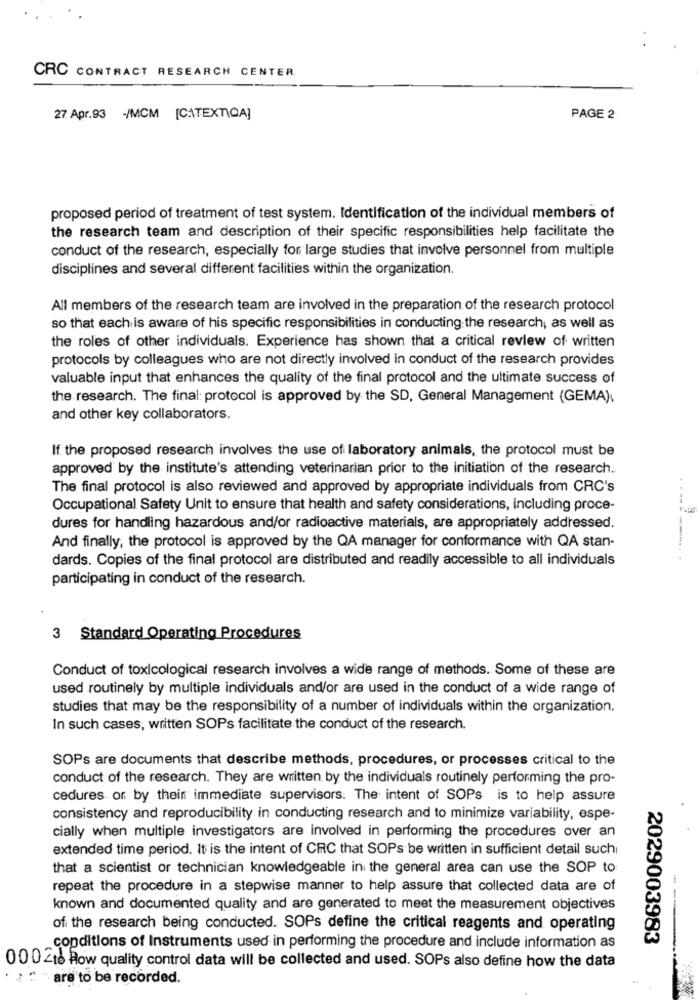
CRC CONTRACT RESEARCH CENTER
27 Apr.93 -/MCM [CATEXTIQA]
PAGE 2
proposed period of treatment of test system. Identification of the individual members of
the research team and description of their specific responsibilities help facilitate the
conduct of the research, especially for large studies that involve personnel from multiple
disciplines and several different facilities within the organization.
All members of the research team are involved in the preparation of the research protocol
so that each is aware of his specific responsibilities in conducting:the research, as well as
the roles of other individuals. Experience has shown that a critical review of written
protocols by colleagues who are not directly involved in conduct of the research provides
valuable input that enhances the quality of the final protocol and the ultimate success of
the research. The final: protocol is approved by the SD, General Management (GEMA),
and other key collaborators.
If the proposed research involves the use of laboratory animals, the protocol must be
approved by the institute's attending veterinarian prior to the initiation of the research.
The final protocol is also reviewed and approved by appropriate individuals from CRC's
Occupational Safety Unit to ensure that health and safety considerations, including proce-
dures for handling hazardous and/or radioactive materials, are appropriately addressed.
And finally, the protocol is approved by the QA manager for conformance with QA stan-
dards. Copies of the final protocol are distributed and readily accessible to all individuals
participating in conduct of the research.
3 Standard Operating Procedures
Conduct of toxicological research involves a wide range of methods. Some of these are
used routinely by multiple individuals and/or are used in the conduct of a wide range of
studies that may be the responsibility of a number of individuals within the organization.
In such cases, written SOPs facilitate the conduct of the research.
SOPs are documents that describe methods, procedures, or processes critical to the
conduct of the research. They are written by the individuals routinely performing the pro-
cedures or by thein immediate supervisors. The intent of SOPs is to help assure
consistency and reproducibility in conducting research and to minimize variability, espe-
cially when multiple investigators are involved in performing the procedures over an
extended time period. It is the intent of CRC that SOPs be written in sufficient detail such
that a scientist or technician knowledgeable in the general area can use the SOP to:
repeat the procedure in a stepwise manner to help assure that collected data are of
known and documented quality and are generated to meet the measurement objectives
of the research being conducted. SOPs define the critical reagents and operating
2029003983
conditions of Instruments used in performing the procedure and include information as
00 0 216 Row quality control data will be collected and used. SOPs also define how the data
· : " " are to be recorded.